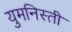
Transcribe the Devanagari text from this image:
युमनिस्ती